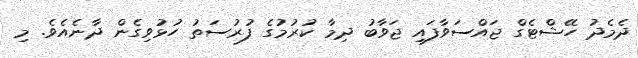
ދެމެދު ހޭޝްޓެގް ޖައްސަވާފައި ޖަވާބު ދިމާ ކުރުމުގެ ފުރުސަތު ހުޅުވިގެން ދާނެއެވެ. މި